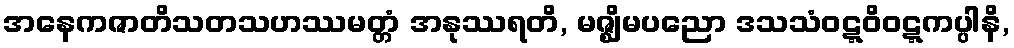
အနေကဇာတိသတသဟဿမတ္တံ အနုဿရတိ, မဇ္ဈိမပညော ဒသသံဝဋ္ဋဝိဝဋ္ဋကပ္ပါနိ,